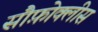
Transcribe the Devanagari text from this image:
सौफ़ोक्लीस